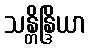
သန္တိန္ဒြိယာ